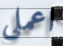
اعملي